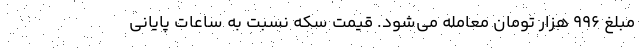
مبلغ ۹۹۶ هزار تومان معامله می‌شود. قیمت سکه نسبت به ساعات پایانی